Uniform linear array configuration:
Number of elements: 48
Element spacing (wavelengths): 1
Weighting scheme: uniform
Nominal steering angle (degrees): -60
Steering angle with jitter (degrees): -58.215
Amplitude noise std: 0.05
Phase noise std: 0.05

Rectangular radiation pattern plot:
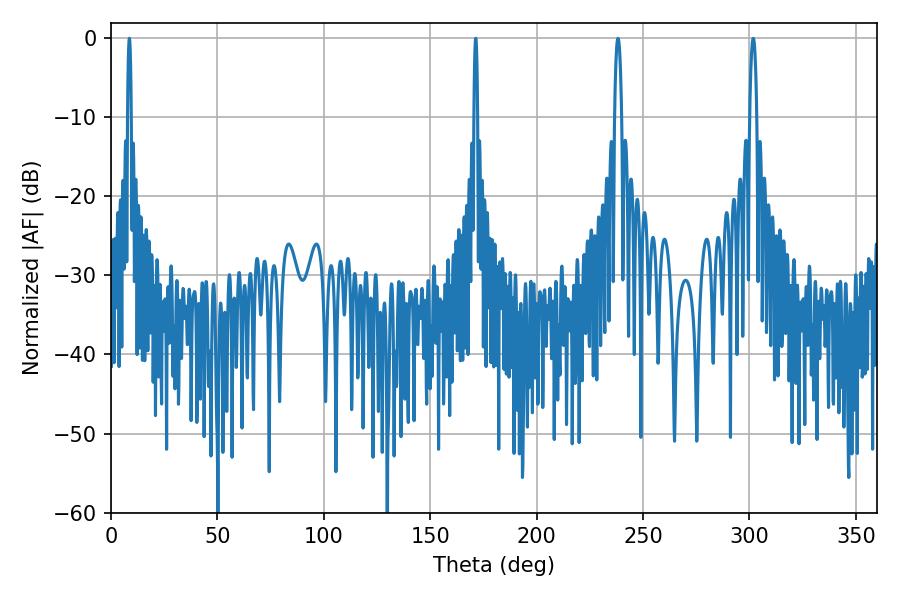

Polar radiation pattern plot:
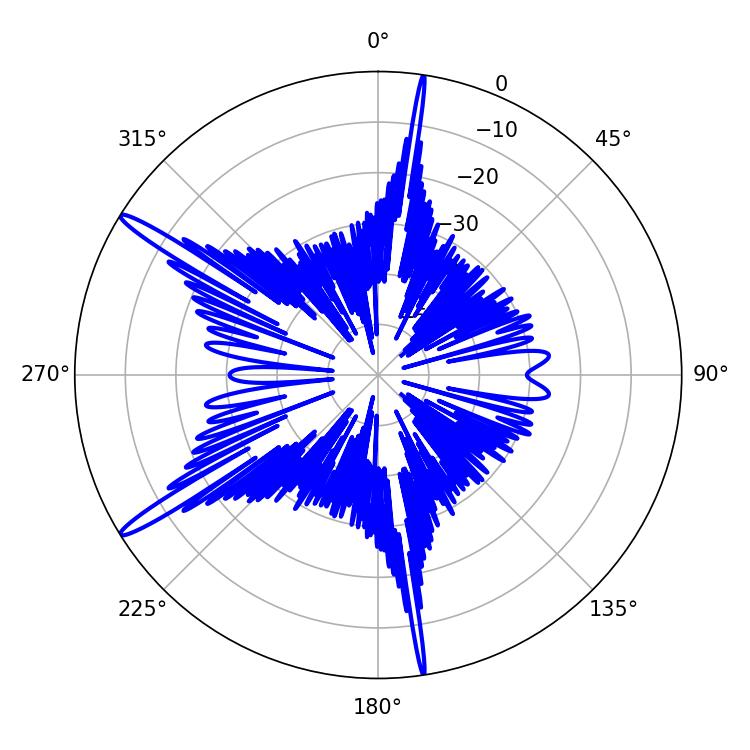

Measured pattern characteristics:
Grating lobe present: TRUE
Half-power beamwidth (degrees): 0.9
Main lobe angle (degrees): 8.64